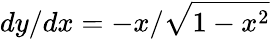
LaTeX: dy/dx=-x/{\sqrt{1-x^{2}}}